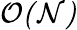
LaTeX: \cal{O}(N)